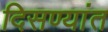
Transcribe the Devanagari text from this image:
दिसण्यांत